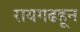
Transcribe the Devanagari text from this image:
रायगढहून